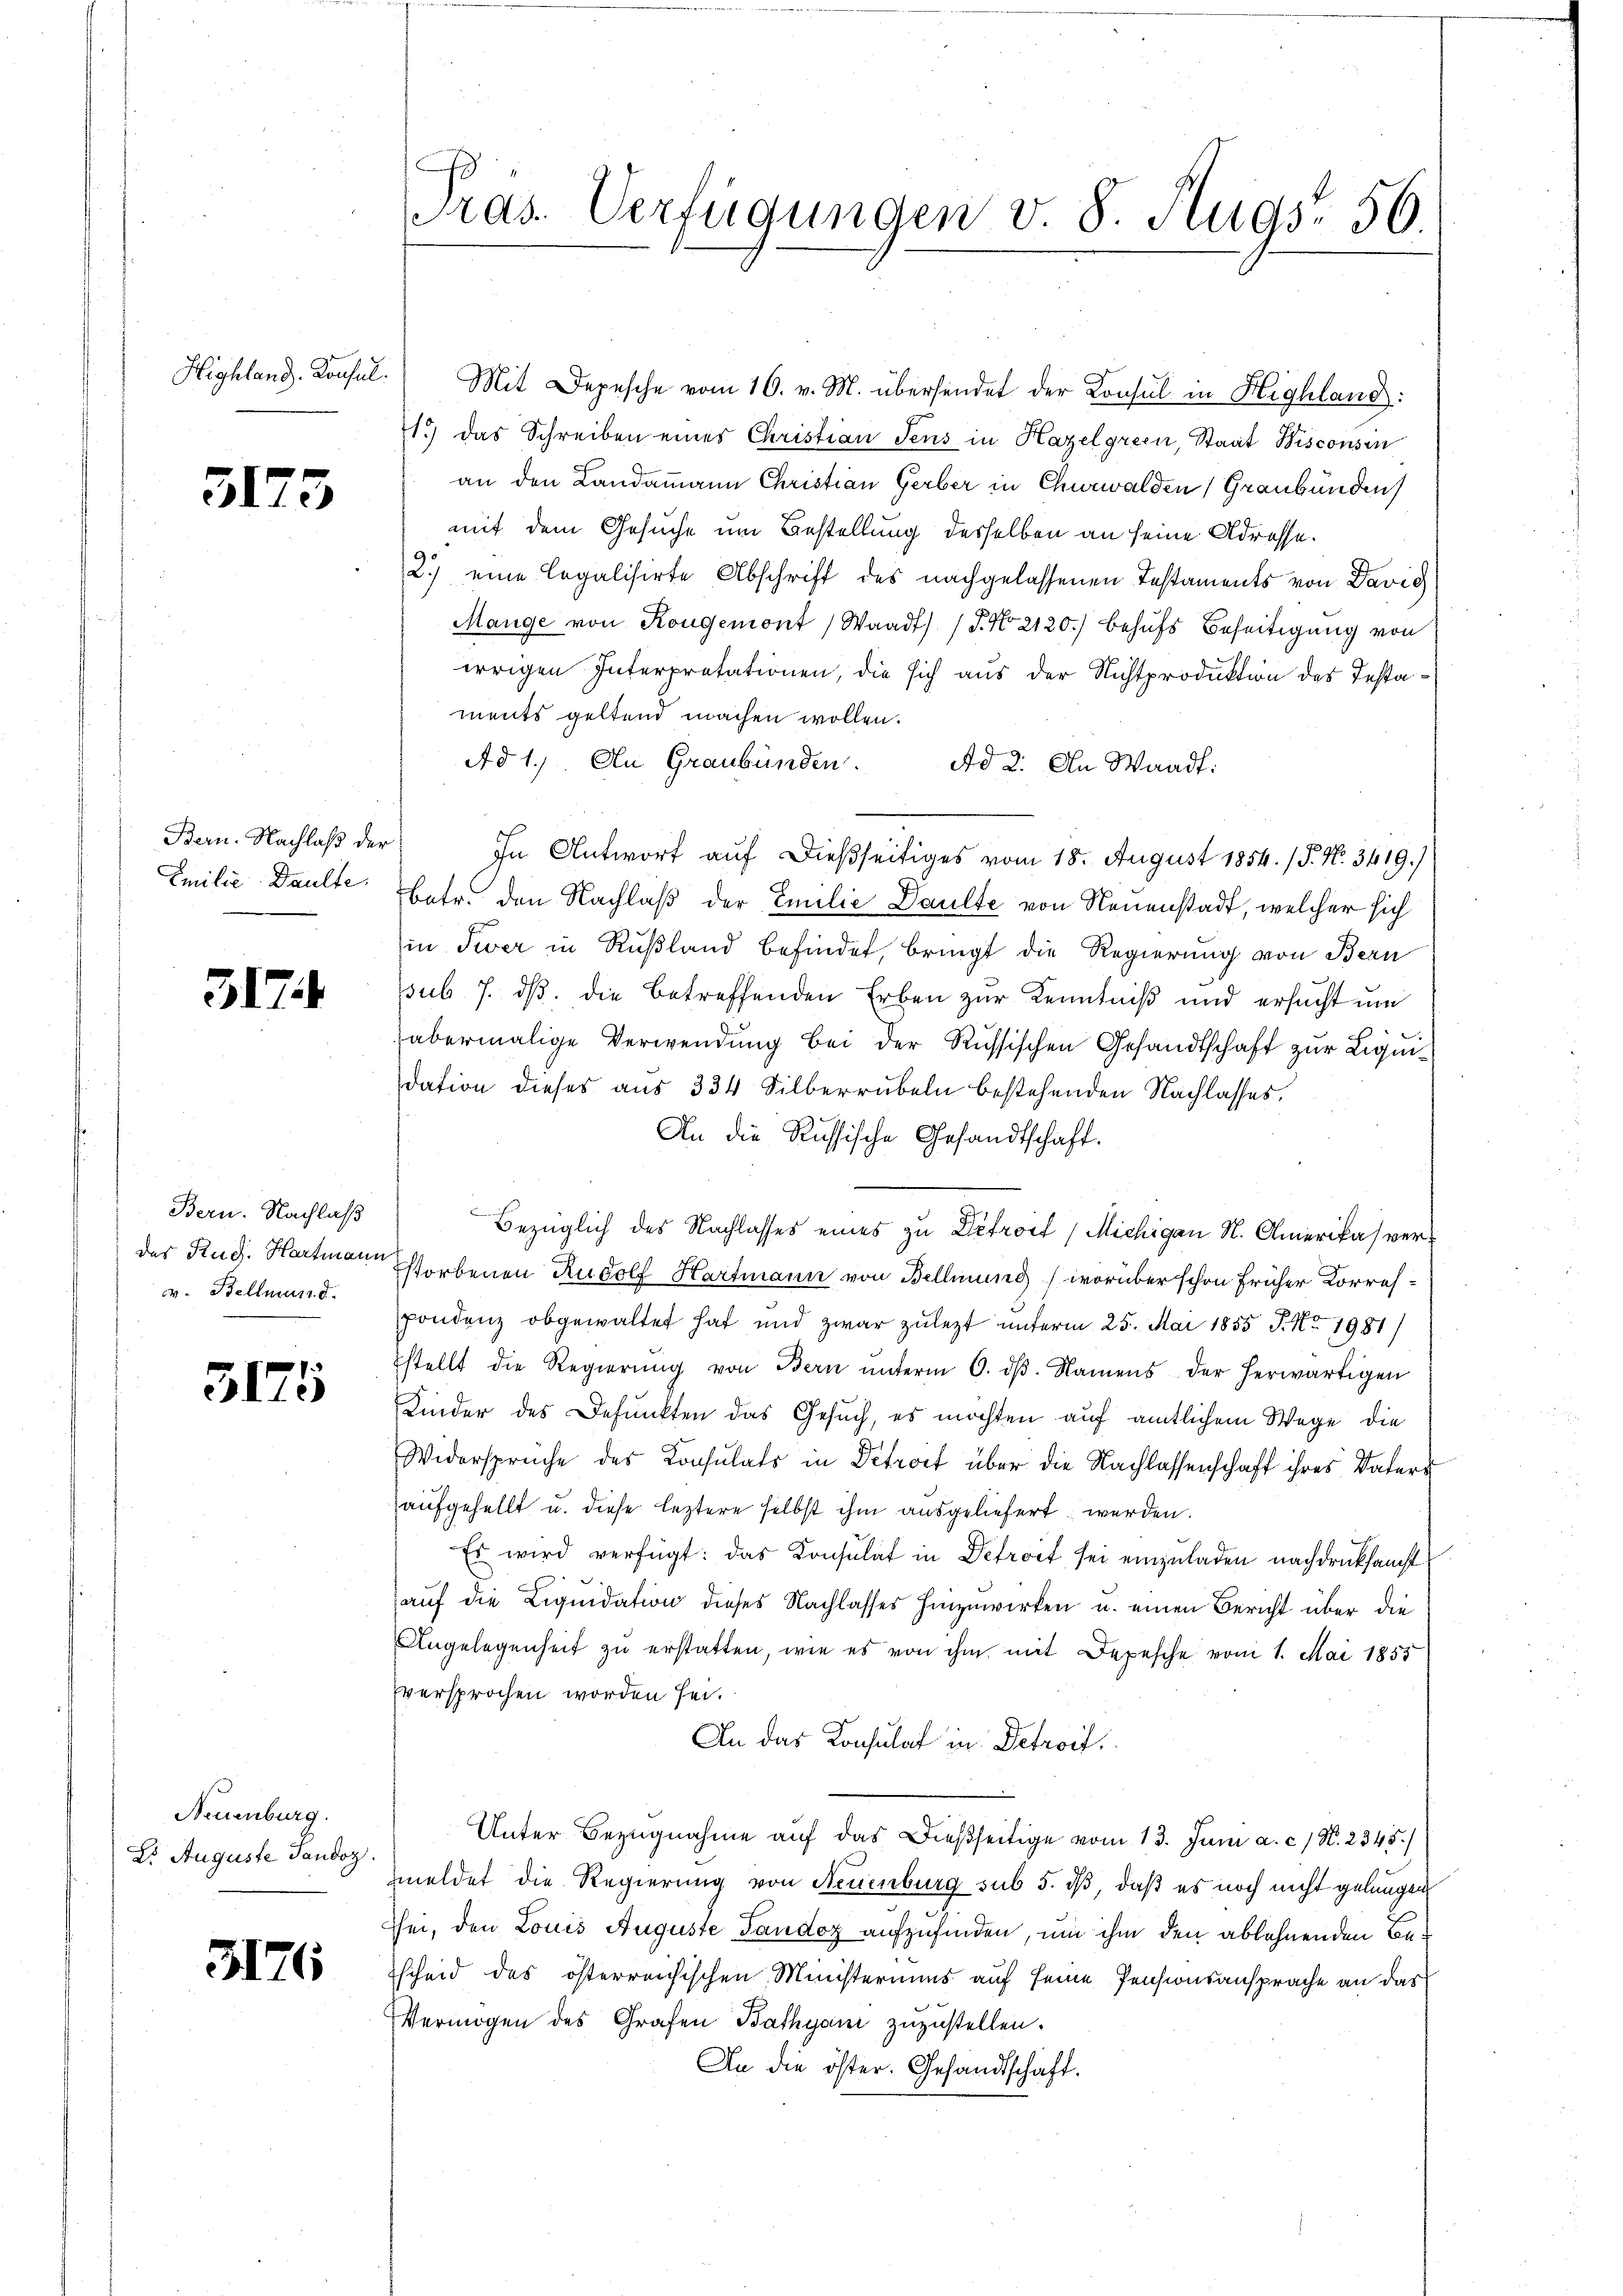
Highland. Konsul

3173

Bern. Nachlaß der

317.

Bern. Nachlaß
v. Bellmund.

3175

Neuenburg.
Es Auguste Tandoz.

3176

Mit Depesche vom 16. v. M. übersendet der Konsul in Highland:
1.) das Schreiben eines Christian Jens in Hazelgrein, Staat Wisconsen
an den Landammann Christian Gerber in Churwalden, Graubünden
mit dem Gesuche um Bestellung desselben an seine Adresse.
2.) eine legalisirte Abschrift des nachgelassenen Testaments von Davig
Mange von Kougemont (Waadt (T. No. 2120) behufs Beseitigung von
irrigen Interpretationen, die sich aus der Nichtproduktion des Testaments geltend machen wollen.
Ad 1. An Graubünden. Ad 2. An Waadt:
In Antwort auf dießseitiges vom 18. August 1854. (T. N. 3419.)
Emilie Daulte betr. den Nachlaß der Emilie Daulte von Neuenstadt, welcher sich
in Swer in Rußland befindet, bringt die Regierung von Bern
sub 7. ds. die betreffenden Erben zur Kenntniß und ersucht um
abermalige Verwendung bei der Russischen Gesandtschaft zur Liquidation dieses aus 334 Silberrübeln bestehenden Nachlasses.
An die Russische Gesandtschaft.
Bezüglich des Nachlasses eines zu Defrort (Michigan N. Amerikas verder Rud. Hartmannstorbenen Rudolf Hartmann von Bellinung (worüber schon früher Korrespondenz obgewaltet hat und zwar zulezt unterm 25. Mai 1855 J. No. 1981)
stellt die Regierŭng von Bern ŭnterm 6. dβ. Namens der herwärtigen
Kinder des Defunkten das Gesuch, es möchten auf amtlichem Wege die
Widersprüche des Konsulats in Petrost über die Nachlassenschaft ihres Vaters
aufgesellt u. diese leztere selbst ihm ausgeliefert werden.
Es wird verfügt: das Konsulat in Defroit sei einzŭladen nachdruksamst
auf die Liquidation dieses Nachlasses hinzuwirken u. einen Bericht über die
Angelegenheit zu erstatten, wie es von ihm mit Depesche vom 1. Mai 1855
Eversprochen worden sei.
An das Konsulat in Detroit.
Unter Bezugnahme auf das dießseitige vom 13. Juni a. c. N. 2345./
meldet die Regierung von Neuenburg sub 5. dß, daß es noch nicht gelungen
hei, den Louis Auguste Tandoz aufzufinden, um ihm den ablehnenden Be¬
Escheid des österreichischen Ministeriums auf seine Pensionsansprache an das
Vermögen des Grafen Bathyani zuzustellen.
An die öster. Gesandtschaft.

ras. Verfügungen v. 8. Augs. 56.